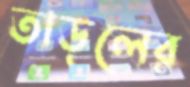
তাড়লের